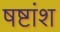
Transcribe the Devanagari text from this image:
षष्टांश